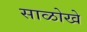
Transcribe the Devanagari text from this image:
साळोखे